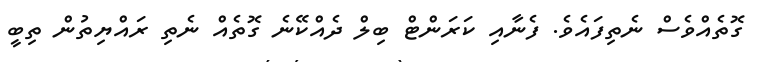
ގޮތެއްވެސް ނެތިފައެވެ. ފެނާއި ކަރަންޓް ބިލް ދެއްކޭނެ ގޮތެއް ނެތި ރައްޔިތުން ތިބީ